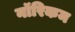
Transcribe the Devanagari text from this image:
नॉरिकम